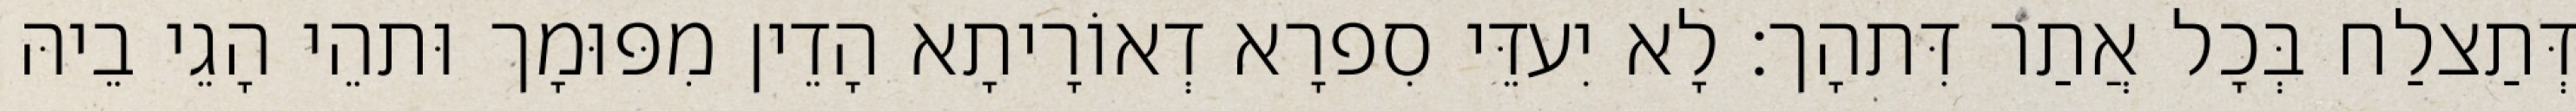
דְּתַצלַח בְּכָל אֲתַר דִּתהָך׃ לָא יִעדֵּי סִפרָא דְאוֹרָיתָא הָדֵין מִפּוּמָך וּתהֵי הָגֵי בֵיהּ